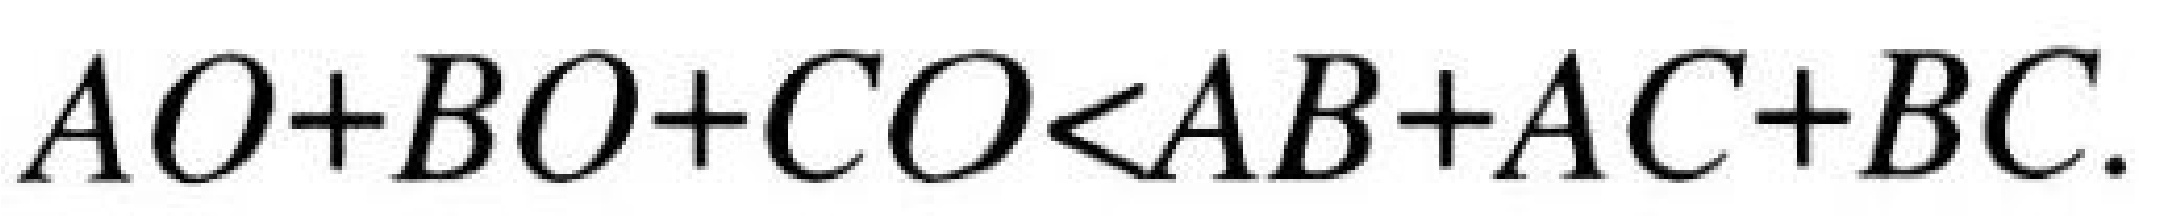
\(AO + BO+CO<AB + AC + BC\).